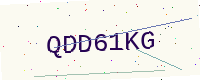
Text: QDD61KG